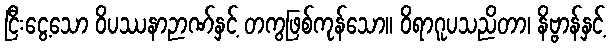
ငြီးငွေ့သော ဝိပဿနာဉာဏ်နှင့် တကွဖြစ်ကုန်သော။ ဝိရာဂူပသညိတာ၊ နိဗ္ဗာန်နှင့်